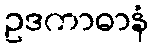
ဥဒကာဓာနံ